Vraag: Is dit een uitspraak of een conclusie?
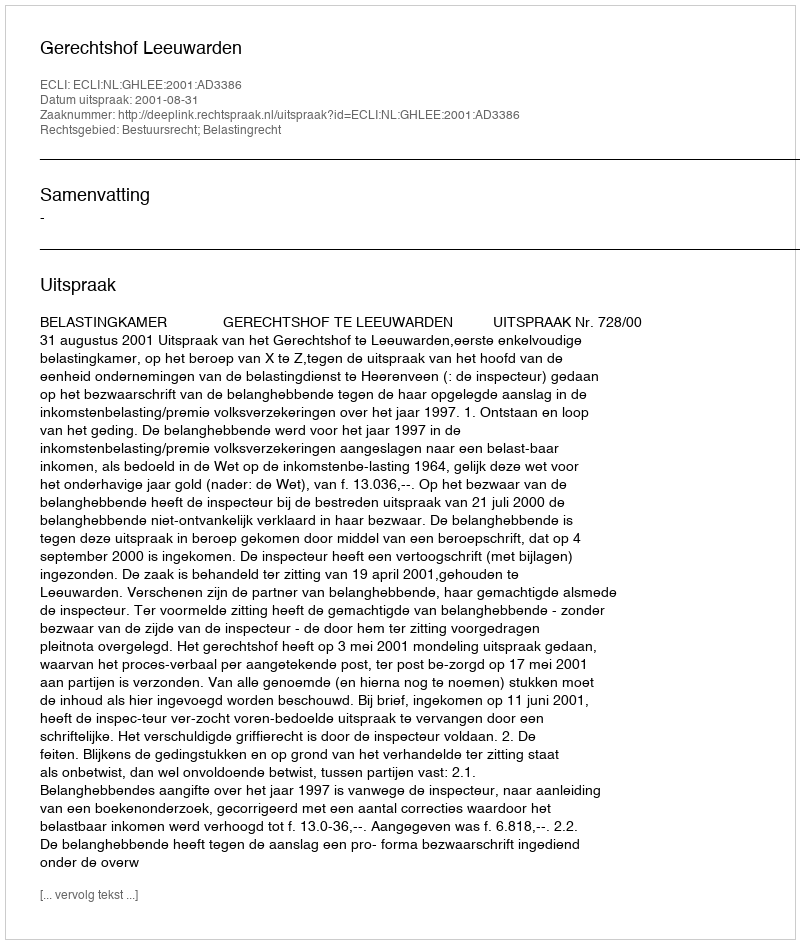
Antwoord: Uitspraak